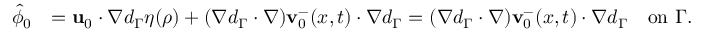
\begin{array} { r l } { \hat { \phi } _ { 0 } } & { = \mathbf { u } _ { 0 } \cdot \nabla d _ { \Gamma } \eta ( \rho ) + ( \nabla d _ { \Gamma } \cdot \nabla ) \mathbf { v } _ { 0 } ^ { - } ( x , t ) \cdot \nabla d _ { \Gamma } = ( \nabla d _ { \Gamma } \cdot \nabla ) \mathbf { v } _ { 0 } ^ { - } ( x , t ) \cdot \nabla d _ { \Gamma } \quad \mathrm { o n } \ \Gamma . } \end{array}